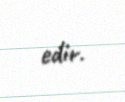
edir.